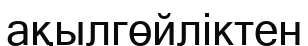
ақылгөйліктен